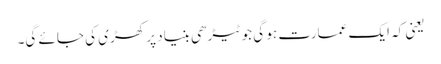
یعنی کہ ایک عمارت ہو گی جو ٹیڑھی بنیاد پر کھڑی کی جائے گی۔